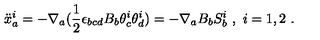
{ \ddot { x } } _ { a } ^ { i } = - \nabla _ { a } ( \frac { 1 } { 2 } \epsilon _ { b c d } B _ { b } \theta _ { c } ^ { i } \theta _ { d } ^ { i } ) = - \nabla _ { a } B _ { b } S _ { b } ^ { i } \ , \ i = 1 , 2 \ .